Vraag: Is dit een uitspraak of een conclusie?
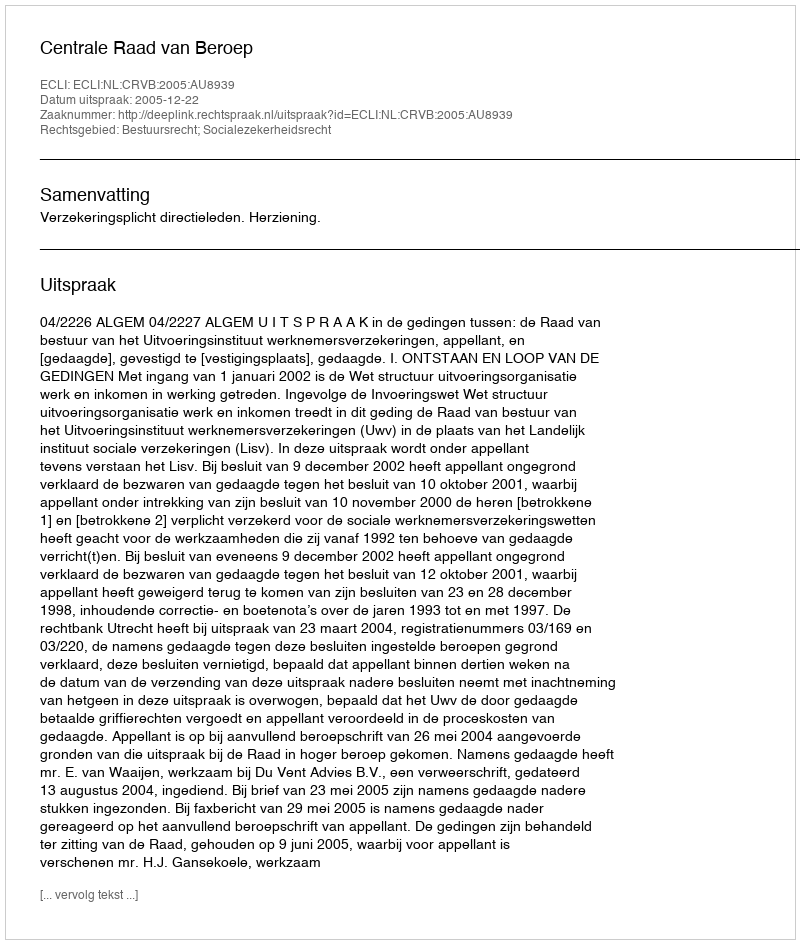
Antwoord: Uitspraak